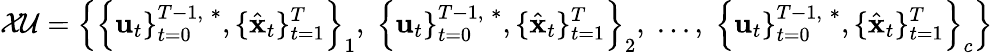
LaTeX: \mathcal{XU}=\left\{ \left\{ \mathbf{u}_{t}\} _{t=0}^{T-1,\; *},\{ \hat{\mathbf{x}}_{t}\} _{t=1}^{T}\right\} _{1},\; \left\{ \mathbf{u}_{t}\} _{t=0}^{T-1,\; *},\{ \hat{\mathbf{x}}_{t}\} _{t=1}^{T}\right\} _{2},\; ...,\; \left\{ \mathbf{u}_{t}\} _{t=0}^{T-1,\; *},\{ \hat{\mathbf{x}}_{t}\} _{t=1}^{T}\right\} _{c}\right\}